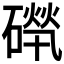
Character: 𥕚